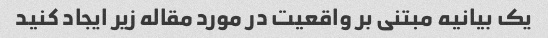
یک بیانیه مبتنی بر واقعیت در مورد مقاله زیر ایجاد کنید